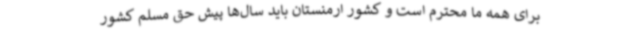
برای همه ما محترم است و کشور ارمنستان باید سال‌ها پیش حق مسلم کشور